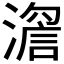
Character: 𱨵